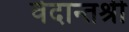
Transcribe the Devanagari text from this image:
वेदान्तश्री